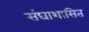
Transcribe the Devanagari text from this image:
संघाशासित